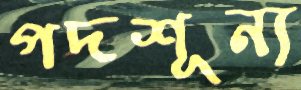
পদশূন্য